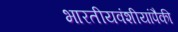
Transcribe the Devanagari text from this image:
भारतीयवंशीयांपैकी